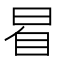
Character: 𣆢